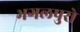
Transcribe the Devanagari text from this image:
भगलपुरो